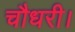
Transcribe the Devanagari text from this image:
चौधरी।